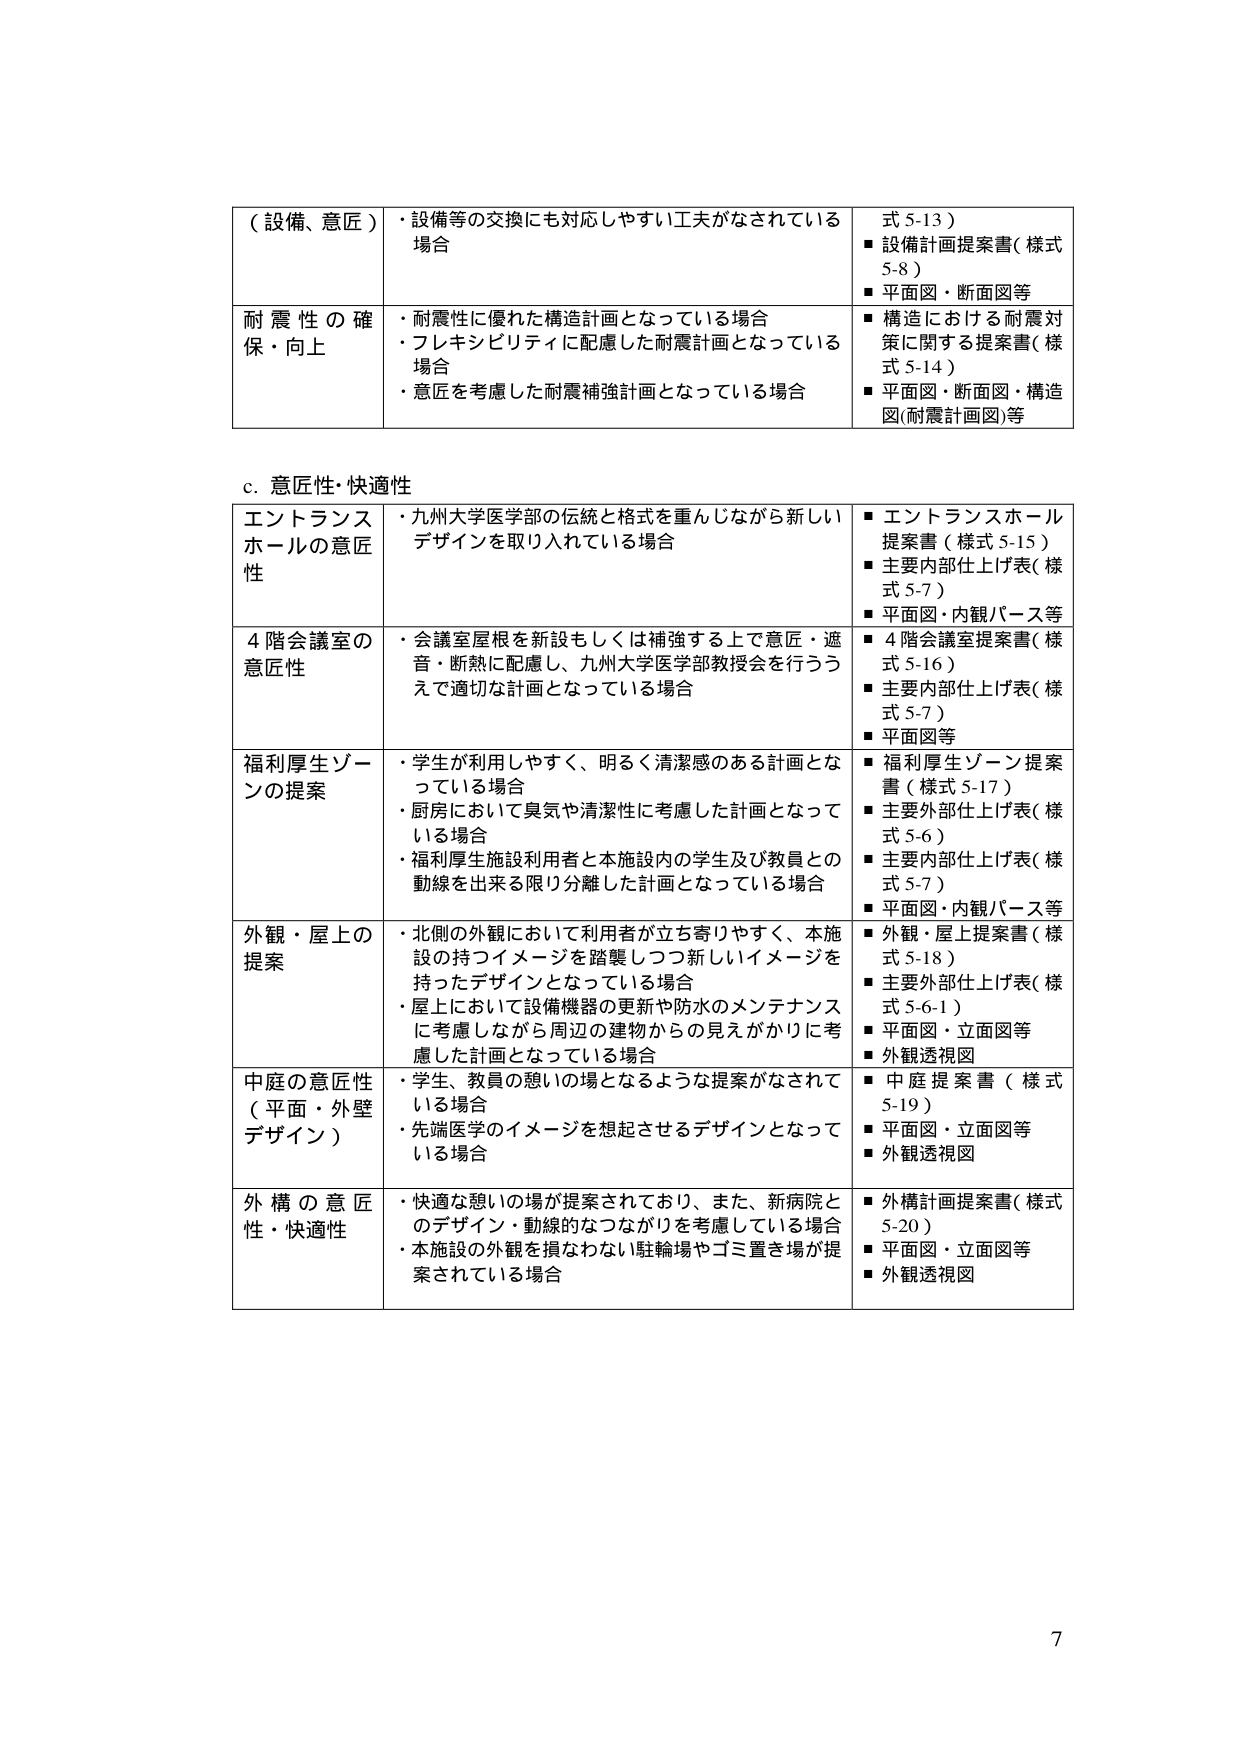
（設備、意匠）　・設備等の交換にも対応しやすい工夫がなされている場合　　　　　　　　式 5-13）
　　　　　　　　　　　　　　　　　　　　　　　　　　　　　　　　　　　　　　　■ 設備計画提案書（様式 5-8）
　　　　　　　　　　　　　　　　　　　　　　　　　　　　　　　　　　　　　　　■ 平面図・断面図等

耐震性の確保・向上　・耐震性に優れた構造計画となっている場合
　　　　　　　　　　　・フレキシビリティに配慮した耐震計画となっている場合
　　　　　　　　　　　・意匠を考慮した耐震補強計画となっている場合
　　　　　　　　　　　■ 構造における耐震対策に関する提案書（様式 5-14）
　　　　　　　　　　　■ 平面図・断面図・構造図（耐震計画図）等

c. 意匠性・快適性

エントランスホールの意匠性　・九州大学医学部の伝統と格式を重んじながら新しいデザインを取り入れている場合
　　　　　　　　　　　　　　■ エントランスホール提案書（様式 5-15）
　　　　　　　　　　　　　　■ 主要内部仕上げ表（様式 5-7）
　　　　　　　　　　　　　　■ 平面図・内観パース等

4階会議室の意匠性　・会議室屋根を新設もしくは補強する上で意匠・遮音・断熱に配慮し、九州大学医学部教授会を行ううえで適切な計画となっている場合
　　　　　　　　　　　　■ 4階会議室提案書（様式 5-16）
　　　　　　　　　　　　■ 主要内部仕上げ表（様式 5-7）
　　　　　　　　　　　　■ 平面図等

福利厚生ゾーンの提案　・学生が利用しやすく、明るく清潔感のある計画となっている場合
　　　　　　　　　　　　・厨房において臭気や清潔性に考慮した計画となっている場合
　　　　　　　　　　　　・福利厚生施設利用者と本施設内の学生及び教員との動線を出来る限り分離した計画となっている場合
　　　　　　　　　　　　■ 福利厚生ゾーン提案書（様式 5-17）
　　　　　　　　　　　　■ 主要外部仕上げ表（様式 5-6）
　　　　　　　　　　　　■ 主要内部仕上げ表（様式 5-7）
　　　　　　　　　　　　■ 平面図・内観パース等

外観・屋上の提案　・北側の外観において利用者が立ち寄りやすく、本施設の持つイメージを踏襲しつつ新しいイメージを持ったデザインとなっている場合
　　　　　　　　　　・屋上において設備機器の更新や防水のメンテナンスに考慮しながら周辺の建物からの見えがかりに考慮した計画となっている場合
　　　　　　　　　　■ 外観・屋上提案書（様式 5-18）
　　　　　　　　　　■ 主要外部仕上げ表（様式 5-6-1）
　　　　　　　　　　■ 平面図・立面図等
　　　　　　　　　　■ 外観透視図

中庭の意匠性（平面・外壁デザイン）　・学生、教員の憩いの場となるような提案がなされている場合
　　　　　　　　　　　　　　　　　　・先端医学のイメージを想起させるデザインとなっている場合
　　　　　　　　　　　　　　　　　　■ 中庭提案書（様式 5-19）
　　　　　　　　　　　　　　　　　　■ 平面図・立面図等
　　　　　　　　　　　　　　　　　　■ 外観透視図

外構の意匠性・快適性　・快適な憩いの場が提案されており、また、新病院とのデザイン・動線的なつながりを考慮している場合
　　　　　　　　　　　　・本施設の外観を損なわない駐輪場やゴミ置き場が提案されている場合
　　　　　　　　　　　　■ 外構計画提案書（様式 5-20）
　　　　　　　　　　　　■ 平面図・立面図等
　　　　　　　　　　　　■ 外観透視図

7